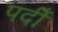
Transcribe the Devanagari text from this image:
पदीँ